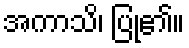
အကာသိ၊ ပြု၏။